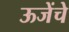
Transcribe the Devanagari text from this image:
ऊजेंचे